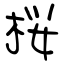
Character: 桜